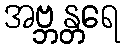
အဗ္ဘန္တရေ